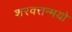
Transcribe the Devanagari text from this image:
शरवत्तन्मयो